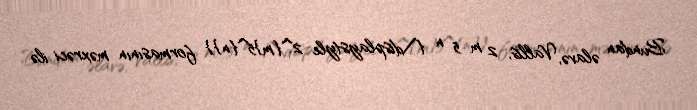
Bundan əlavə, Vallis, 2 m 5 n {\displaystyle 2^{m}5^{n}} formasının məxrəci ilə